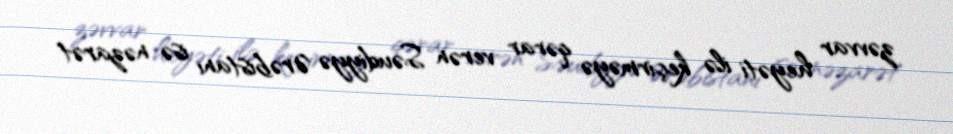
zəvvar heyəti ilə keçirməyə qərar verən Səudiyyə Ərəbistanı isə nəzarət